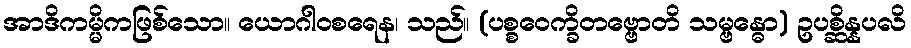
အာဒိကမ္မိကဖြစ်သော။ ယောဂါဝစရေန၊ သည်။ (ပစ္စဝေက္ခိတဗ္ဗောတိ သမ္ဗန္ဓော) ဥပစ္ဆိန္နပလိ